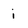
Character: i